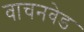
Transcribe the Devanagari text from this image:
वाचनवेड